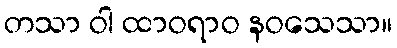
တသာ ဝါ ထာဝရာဝ နဝသေသာ။